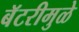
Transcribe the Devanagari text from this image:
बॅटरीमुळे